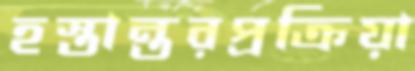
হস্তান্তরপ্রক্রিয়া